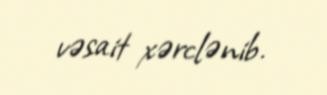
vəsait xərclənib.